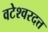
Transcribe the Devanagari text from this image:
वटेश्वरदत्त